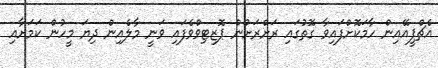
އެޗްޕީއޭއިން ހާމަކޮށްފައިވާ ގޮތުގައި ރަށްރަށުން ޕޮޒިޓިވްވެފައި ވަނީ މާލެއިން ދިޔަ މީހުން ކަމަށާއި